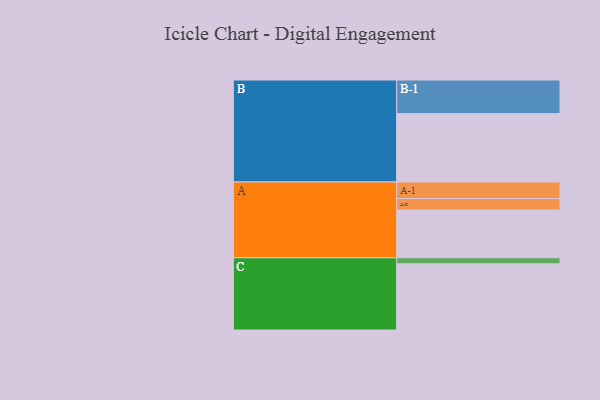
{"axis": {"x": "Segment", "y": "Value"}, "legend": ["", "A", "B", "C"], "data": [{"x": "A", "y": 395, "type": ""}, {"x": "B", "y": 565, "type": ""}, {"x": "C", "y": 547, "type": ""}, {"x": "A-1", "y": 137, "type": "A"}, {"x": "A-2", "y": 94, "type": "A"}, {"x": "B-1", "y": 278, "type": "B"}, {"x": "C-1", "y": 50, "type": "C"}]}